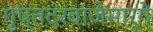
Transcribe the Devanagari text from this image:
गुप्तदरवाजेमार्गे